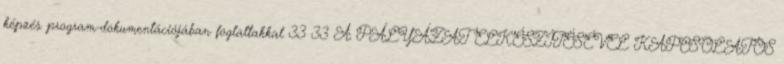
képzés program-dokumentációjában foglaltakkal 33 33 A PÁLYÁZAT ELKÉSZÍTÉSÉVEL KAPCSOLATOS